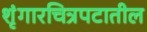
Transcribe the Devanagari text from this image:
शृंगारचित्रपटातील